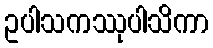
ဥပါသကဿုပါသိကာ